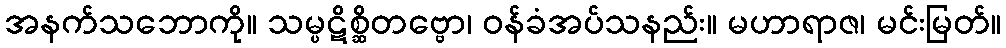
အနက်သဘောကို။ သမ္ပဋိစ္ဆိတဗ္ဗော၊ ဝန်ခံအပ်သနည်း။ မဟာရာဇ၊ မင်းမြတ်။